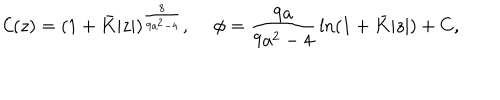
LaTeX: { \cal C } ( z ) = ( 1 + \bar { K } | z | ) ^ { \frac { 8 } { 9 a ^ { 2 } - 4 } } , \ \phi = { \frac { 9 a } { 9 a ^ { 2 } - 4 } } \ln ( 1 + \bar { K } | z | ) + C ,